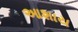
આશાય